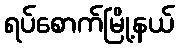
ရပ်စောက်မြို့နယ်